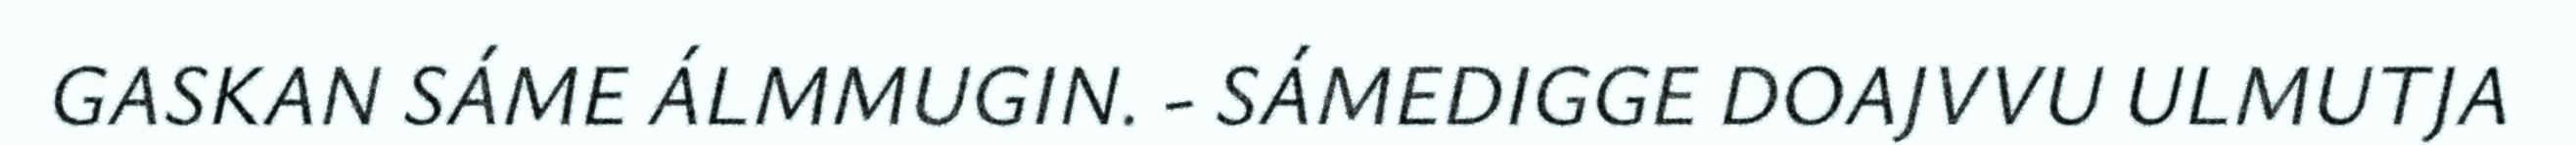
GASKAN SÁME ÁLMMUGIN. - SÁMEDIGGE DOAJVVU ULMUTJA